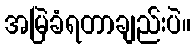
အမြဲခံရတာချည်းပဲ။